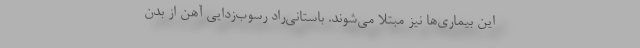
این بیماری‌ها نیز مبتلا می‌شوند. باستانی‌راد رسوب‌زدایی آهن از بدن